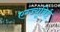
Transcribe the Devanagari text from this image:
एग्ज्यूबिई